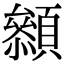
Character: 𩕞